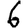
Digit: 6